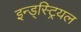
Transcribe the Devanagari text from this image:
इन्ड्स्ट्रियल